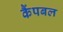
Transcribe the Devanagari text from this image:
कैंपबल